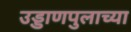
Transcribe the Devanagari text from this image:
उड्डाणपुलाच्या